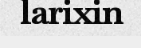
larixin